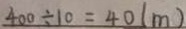
4 0 0 \div 1 0 = 4 0 ( m )